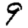
Digit: 9